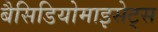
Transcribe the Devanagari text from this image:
बैसिडियोमाइसेट्स